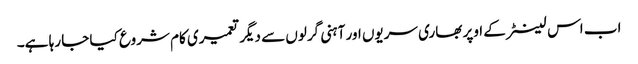
اب اس لینٹر کے اوپر بھاری سریوں اور آہنی گرلوں سے دیگر تعمیری کام شروع کیا جا رہا ہے۔